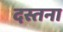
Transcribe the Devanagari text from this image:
दस्तना